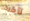
تأكيد